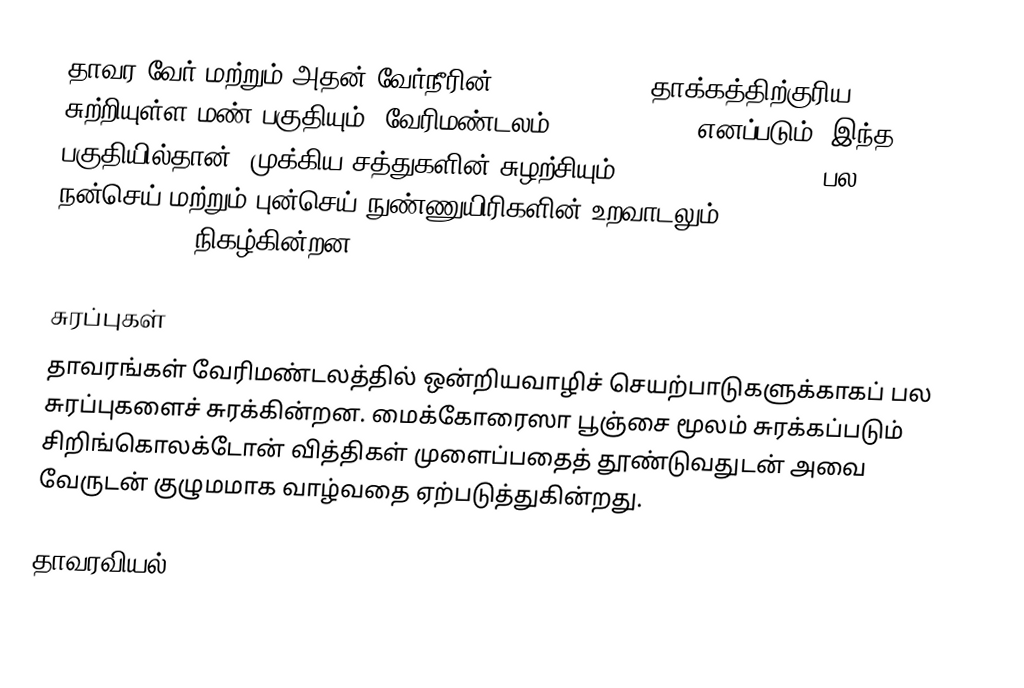
தாவர வேர் மற்றும் அதன் வேர்நீரின் (Root exudate) தாக்கத்திற்குரிய சுற்றியுள்ள மண் பகுதியும், வேரிமண்டலம் (Rhizosphere) எனப்படும். இந்த பகுதியில்தான், முக்கிய சத்துகளின் சுழற்சியும் (Nutrient cycling), பல நன்செய் மற்றும் புன்செய் நுண்ணுயிரிகளின் உறவாடலும் (Symbiosis & Pathogenesis) நிகழ்கின்றன.

சுரப்புகள்
தாவரங்கள் வேரிமண்டலத்தில் ஒன்றியவாழிச் செயற்பாடுகளுக்காகப் பல சுரப்புகளைச் சுரக்கின்றன.  மைக்கோரைஸா பூஞ்சை மூலம் சுரக்கப்படும் சிறிங்கொலக்டோன் வித்திகள் முளைப்பதைத் தூண்டுவதுடன் அவை வேருடன் குழுமமாக வாழ்வதை ஏற்படுத்துகின்றது.

தாவரவியல்